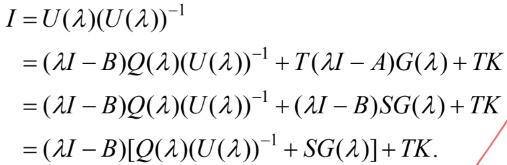
\[
\begin{align*}
I&=U(\lambda)(U(\lambda))^{-1}\\
&=(\lambda I - B)Q(\lambda)(U(\lambda))^{-1}+T(\lambda I - A)G(\lambda)+TK\\
&=(\lambda I - B)Q(\lambda)(U(\lambda))^{-1}+(\lambda I - B)SG(\lambda)+TK\\
&=(\lambda I - B)[Q(\lambda)(U(\lambda))^{-1}+SG(\lambda)]+TK.
\end{align*}
\]